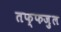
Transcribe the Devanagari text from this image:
तफ्फज़ुल